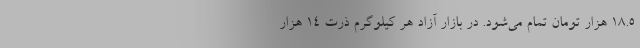
۱۸.۵ هزار تومان تمام می‌شود. در بازار آزاد هر کیلوگرم ذرت ۱۴ هزار